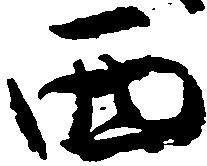
西